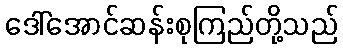
ဒေါ်အောင်ဆန်းစုကြည်တို့သည်